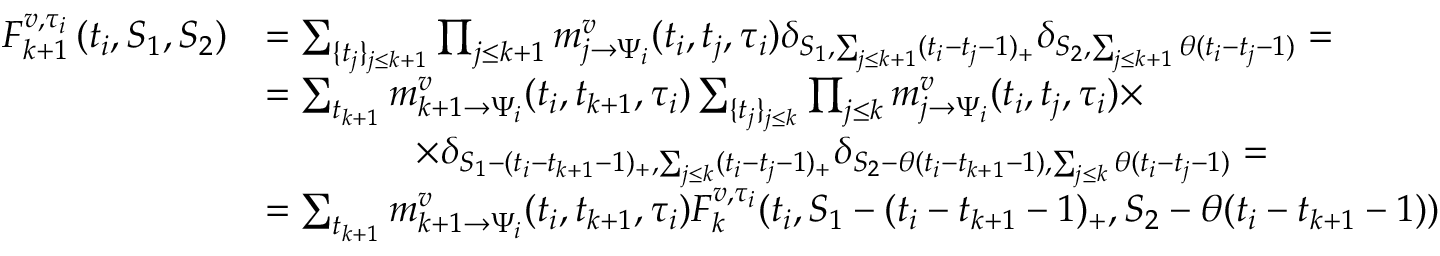
\begin{array} { r l } { F _ { k + 1 } ^ { v , \tau _ { i } } \left( t _ { i } , S _ { 1 } , S _ { 2 } \right) } & { = \sum _ { \{ t _ { j } \} _ { j \leq k + 1 } } \prod _ { j \leq k + 1 } m _ { j \to \Psi _ { i } } ^ { v } ( t _ { i } , t _ { j } , \tau _ { i } ) \delta _ { S _ { 1 } , \sum _ { j \leq k + 1 } ( t _ { i } - t _ { j } - 1 ) _ { + } } \delta _ { S _ { 2 } , \sum _ { j \leq k + 1 } \theta ( t _ { i } - t _ { j } - 1 ) } = } \\ & { = \sum _ { t _ { k + 1 } } m _ { k + 1 \to \Psi _ { i } } ^ { v } ( t _ { i } , t _ { k + 1 } , \tau _ { i } ) \sum _ { \{ t _ { j } \} _ { j \leq k } } \prod _ { j \leq k } m _ { j \to \Psi _ { i } } ^ { v } ( t _ { i } , t _ { j } , \tau _ { i } ) \times } \\ & { \qquad \qquad \times \delta _ { S _ { 1 } - ( t _ { i } - t _ { k + 1 } - 1 ) _ { + } , \sum _ { j \leq k } ( t _ { i } - t _ { j } - 1 ) _ { + } } \delta _ { S _ { 2 } - \theta ( t _ { i } - t _ { k + 1 } - 1 ) , \sum _ { j \leq k } \theta ( t _ { i } - t _ { j } - 1 ) } = } \\ & { = \sum _ { t _ { k + 1 } } m _ { k + 1 \to \Psi _ { i } } ^ { v } ( t _ { i } , t _ { k + 1 } , \tau _ { i } ) F _ { k } ^ { v , \tau _ { i } } ( t _ { i } , S _ { 1 } - ( t _ { i } - t _ { k + 1 } - 1 ) _ { + } , S _ { 2 } - \theta ( t _ { i } - t _ { k + 1 } - 1 ) ) } \end{array}